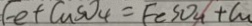
E e + C u S O _ { 4 } = F e S O _ { 4 } + C u